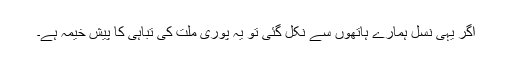
اگر یہی نسل ہمارے ہاتھوں سے نکل گئی تو یہ پوری ملت کی تباہی کا پیش خیمہ ہے۔